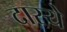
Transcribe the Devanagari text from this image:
दास्ये